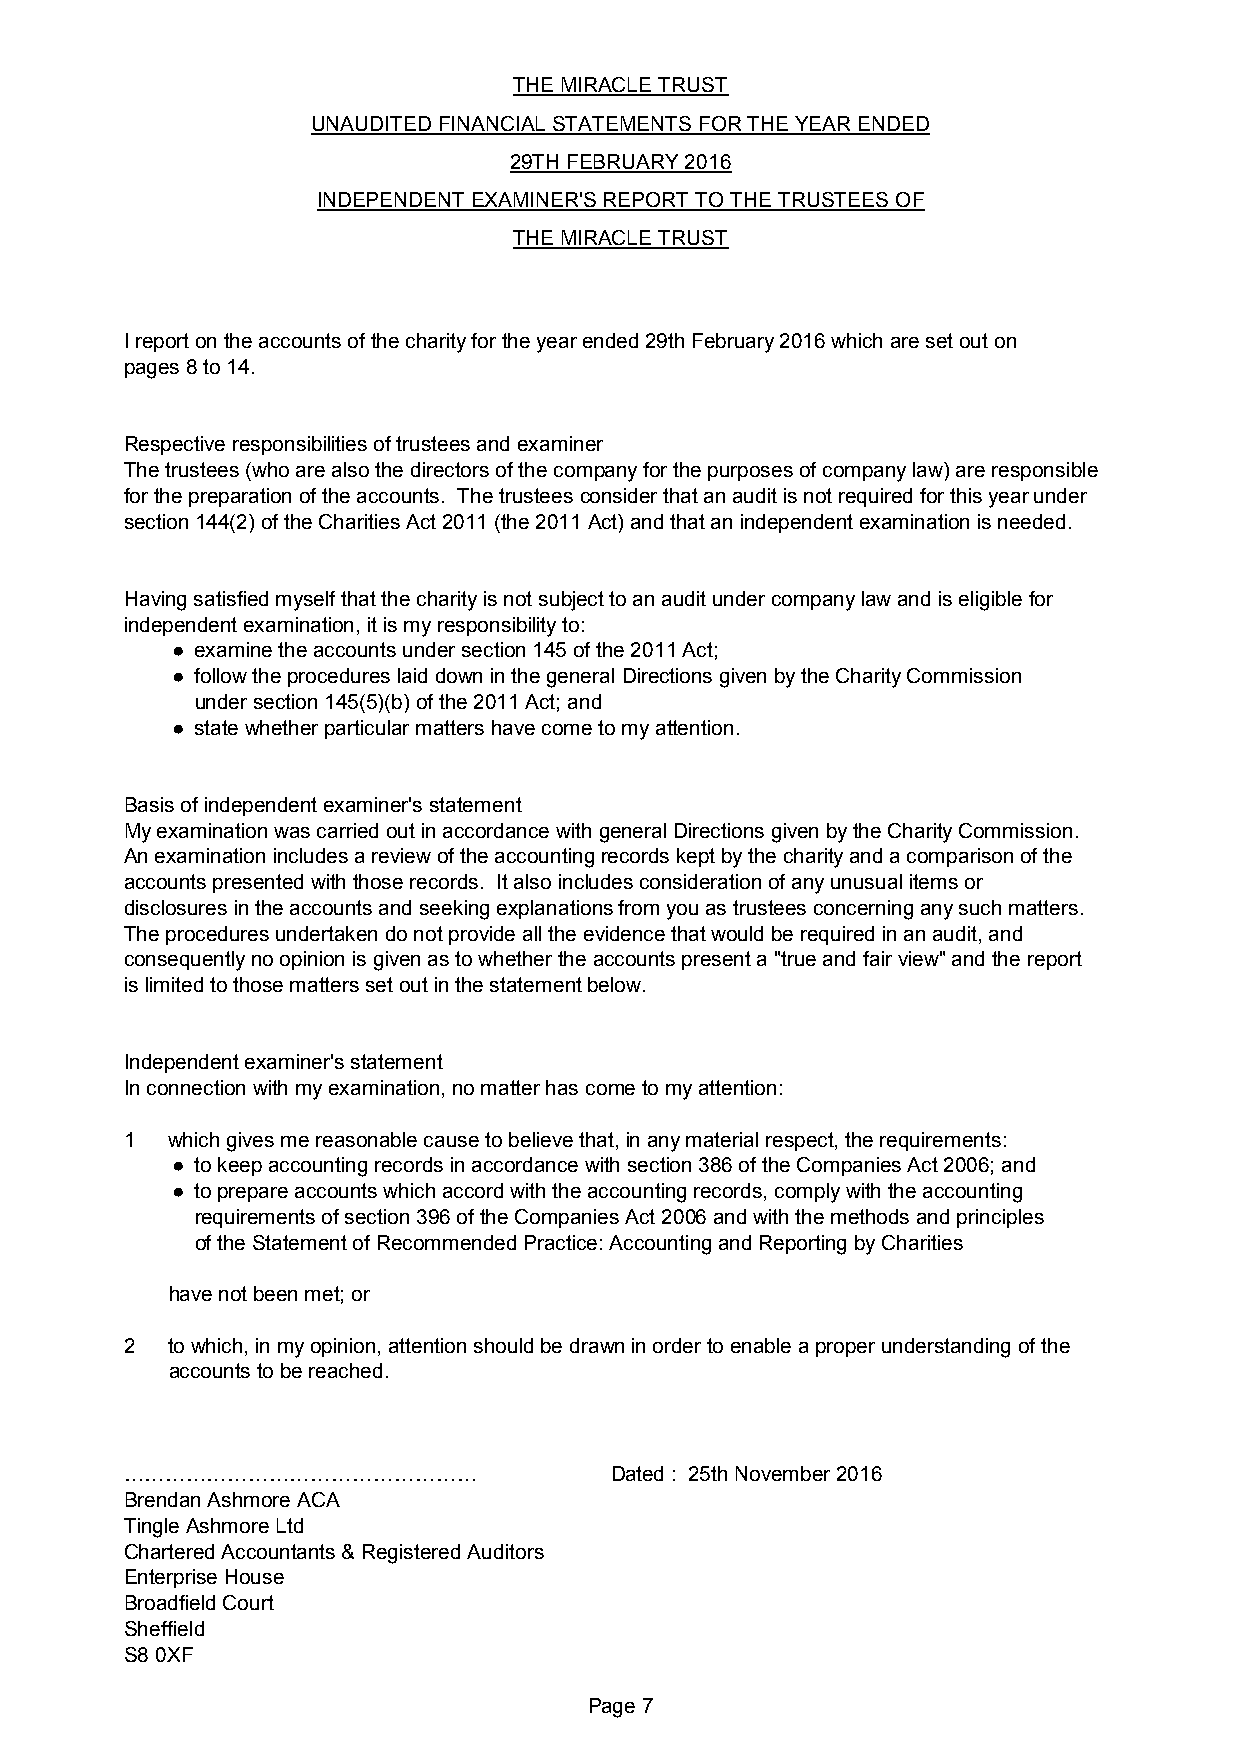
THE MIRACLE TRUST
 UNAUDITED FINANCIAL STATEMENTS FOR THE YEAR ENDED
 29TH FEBRUARY 2016
 INDEPENDENT EXAMINER'S REPORT TO THE TRUSTEES OF
 THE MIRACLE TRUST
 I report on the accounts of the charity for the year ended 29th February 2016 which are set out on
 pages 8 to 14.
 Respective responsibilities of trustees and examiner
 The trustees (who are also the directors of the company for the purposes of company law) are responsible
 for the preparation of the accounts. The trustees consider that an audit is not required for this year under
 section 144(2) of the Charities Act 2011 (the 2011 Act) and that an independent examination is needed.
 Having satisfied myself that the charity is not subject to an audit under company law and is eligible for
 independent examination, it is my responsibility to:
 ● examine the accounts under section 145 of the 2011 Act;
 ● follow the procedures laid down in the general Directions given by the Charity Commission
 under section 145(5)(b) of the 2011 Act; and
 ● state whether particular matters have come to my attention.
 Basis of independent examiner's statement
 My examination was carried out in accordance with general Directions given by the Charity Commission.
 An examination includes a review of the accounting records kept by the charity and a comparison of the
 accounts presented with those records. It also includes consideration of any unusual items or
 disclosures in the accounts and seeking explanations from you as trustees concerning any such matters.
 The procedures undertaken do not provide all the evidence that would be required in an audit, and
 consequently no opinion is given as to whether the accounts present a "true and fair view" and the report
 is limited to those matters set out in the statement below.
 Independent examiner's statement
 In connection with my examination, no matter has come to my attention:
 1  which gives me reasonable cause to believe that, in any material respect, the requirements:
 ● to keep accounting records in accordance with section 386 of the Companies Act 2006; and
 ● to prepare accounts which accord with the accounting records, comply with the accounting
 requirements of section 396 of the Companies Act 2006 and with the methods and principles
 of the Statement of Recommended Practice: Accounting and Reporting by Charities
 have not been met; or
 2  to which, in my opinion, attention should be drawn in order to enable a proper understanding of the
 accounts to be reached.
 OOOOOOOOOOOOOOOOO               Dated : 25th November 2016
 Brendan Ashmore ACA
 Tingle Ashmore Ltd
 Chartered Accountants & Registered Auditors
 Enterprise House
 Broadfield Court
 Sheffield
 S8 0XF
 Page 7